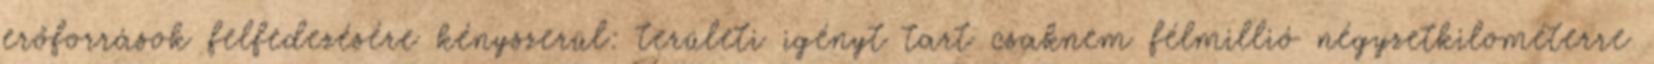
erőforrások felfedezésére kényszerül: területi igényt tart csaknem félmillió négyzetkilométerre